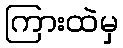
ကြားထဲမှ